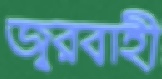
জ্বরবাহী